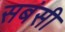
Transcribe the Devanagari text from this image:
सबंसी